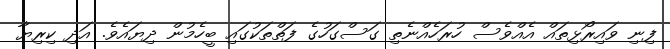
ފިނި ވައިރޯޅިތައް އެއްވެސް ހުރަހެއްނެތި ގަސްގަހުގެ ފަތްތަކުގައި ބީހެމުން ދިޔައެވެ. އަދި ކިރިޔާ